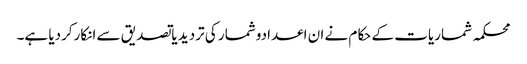
محکمہ شماریات کے حکام نے ان اعدادوشمار کی تردید یاتصدیق سے انکارکردیا ہے۔